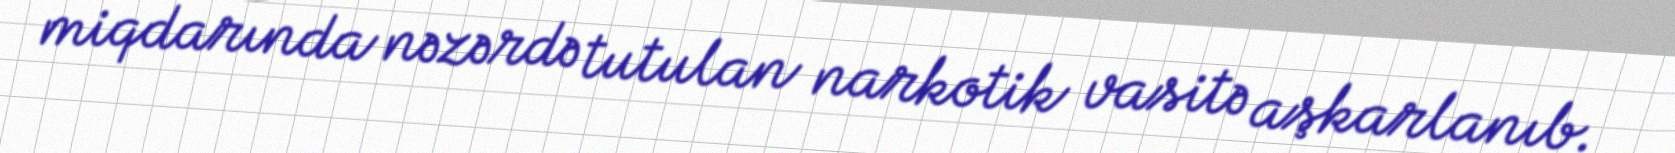
miqdarında nəzərdə tutulan narkotik vasitə aşkarlanıb.